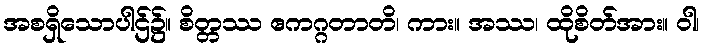
အစရှိသောပါဌ်၌။ စိတ္တဿ ဧကဂ္ဂတာတိ၊ ကား။ အဿ၊ ထိုစိတ်အား။ ဝါ၊